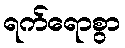
ရက်ရောစွာ